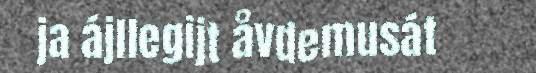
ja ájllegijt åvdemusát